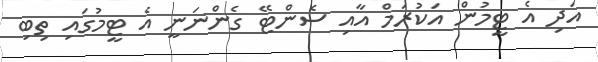
އަދި އެ ޓީމުން އަކުރަމް އާއި ސެންޓޭ ގެންނަނީ އެ ޓީމުގައި ތިބި